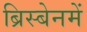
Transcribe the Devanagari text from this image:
ब्रिस्बेनमें